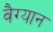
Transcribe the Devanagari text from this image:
वैग्यान